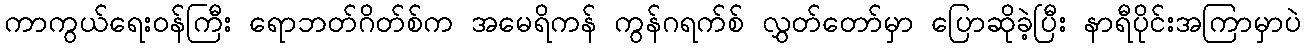
ကာကွယ်ရေးဝန်ကြီး ရောဘတ်ဂိတ်စ်က အမေရိကန် ကွန်ဂရက်စ် လွှတ်တော်မှာ ပြောဆိုခဲ့ပြီး နာရီပိုင်းအကြာမှာပဲ